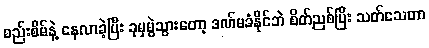
စည်းစိမ်နဲ့ နေလာခဲ့ပြီး ခုမှမွဲသွားတော့ ဒဏ်မခံနိုင်ဘဲ စိတ်ညစ်ပြီး သတ်သေတာ